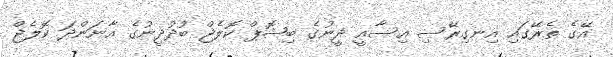
އޭގެ ތެރޭގައި އިނގިރޭސި އިސާއީ ދީނުގެ ބިޝޮޕް ކޮލެޖް ބުދުދީނުގެ އާނަންދަ ކޮލެޖް